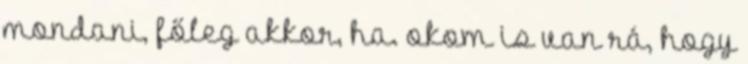
mondani, főleg akkor, ha. okom is van rá, hogy